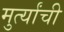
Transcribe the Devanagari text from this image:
मुर्त्यांची